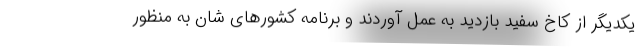
یکدیگر از کاخ سفید بازدید به عمل آوردند و برنامه کشور‌های شان به منظور